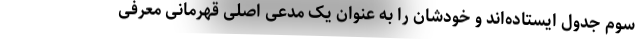
سوم جدول ایستاده‌اند و خودشان را به عنوان یک مدعی اصلی قهرمانی معرفی